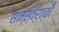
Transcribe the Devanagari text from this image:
सान्स्क्रत्की